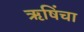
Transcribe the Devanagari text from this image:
ऋषिंचा